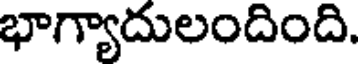
భాగ్యాదులందింది.